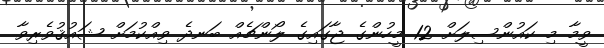
ވީމާ މި ކައުންސިލަށް 12 މީހުންގެ ޖާގައިގެ ލޯންޗެއް ބަނދެ ވިއްކުމަށް ޝައުޤުވެރިވާ